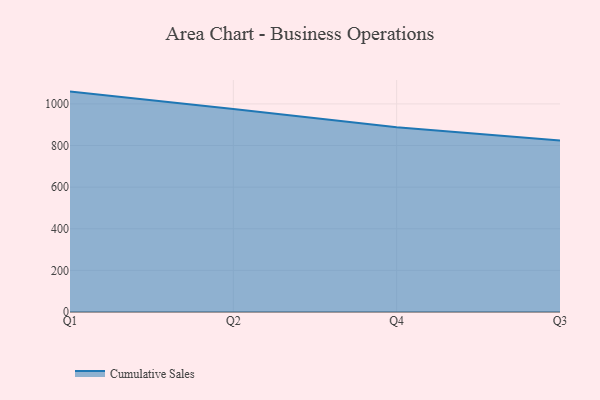
{"axis": {"x": "Quarter", "y": "Market Share (%)"}, "legend": ["Cumulative Sales"], "data": [{"x": "Q1", "y": 1059.1, "type": "Cumulative Sales"}, {"x": "Q2", "y": 975.8, "type": "Cumulative Sales"}, {"x": "Q4", "y": 888.1, "type": "Cumulative Sales"}, {"x": "Q3", "y": 824.2, "type": "Cumulative Sales"}]}